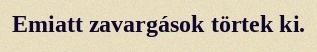
Emiatt zavargások törtek ki.